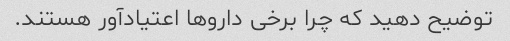
توضیح دهید که چرا برخی داروها اعتیادآور هستند.